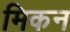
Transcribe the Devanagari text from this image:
मिकन